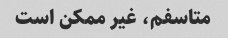
متاسفم، غیر ممکن است